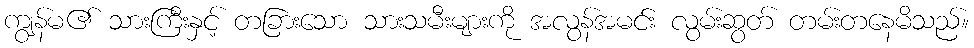
ကျွန်မ၏ သားကြီးနှင့် တခြားသော သားသမီးများကို အလွန်အမင်း လွမ်းဆွတ် တမ်းတနေမိသည်။